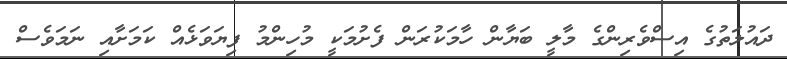
ދައުލަތުގެ އިސްވެރިންގެ މާލީ ބަޔާން ހާމަކުރަން ފެށުމަކީ މުހިންމު ފިޔަވަޅެއް ކަމަށާއި ނަމަވެސް